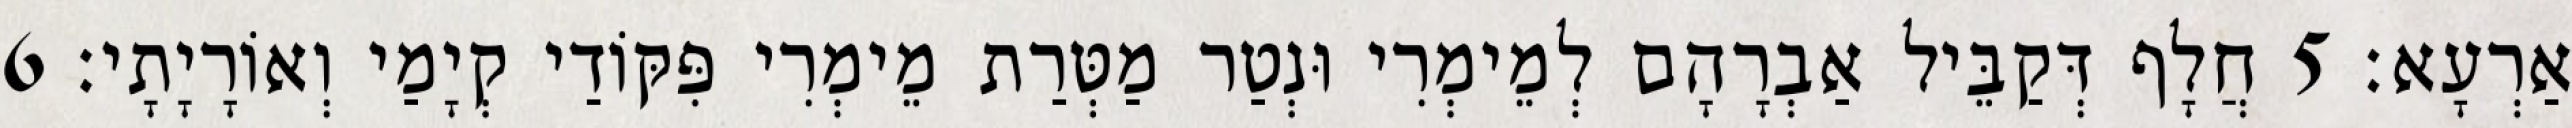
אַרְעָא׃ 5 חֲלָף דְּקַבֵּיל אַבְרָהָם לְמֵימְרִי וּנְטַר מַטְּרַת מֵימְרִי פִּקּוֹדַי קְיָמַי וְאוֹרָיָתָי׃ 6